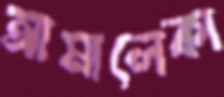
আমালেকা